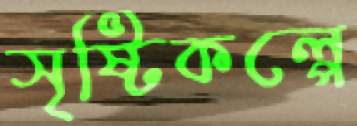
সৃষ্টিকল্পে